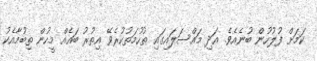
ކަމަށް ފުލުހުން ބުނެއެވެ. އަދި މައްސަލައިގައި ތުހުމަތުކުރެވޭ އިތުރު ބައެއް މީހުން ތިބުމާއެކު